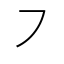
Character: ㇇